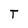
Character: T